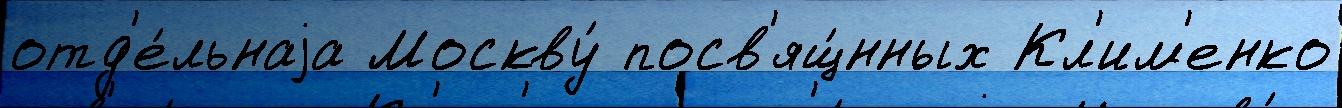
отд'е́льнаjа Москву́ посв'ящ́нных Кл'им'енко